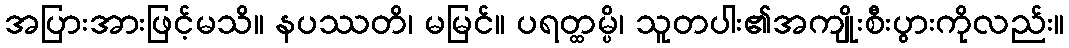
အပြားအားဖြင့်မသိ။ နပဿတိ၊ မမြင်။ ပရတ္ထမ္ပိ၊ သူတပါး၏အကျိုးစီးပွားကိုလည်း။